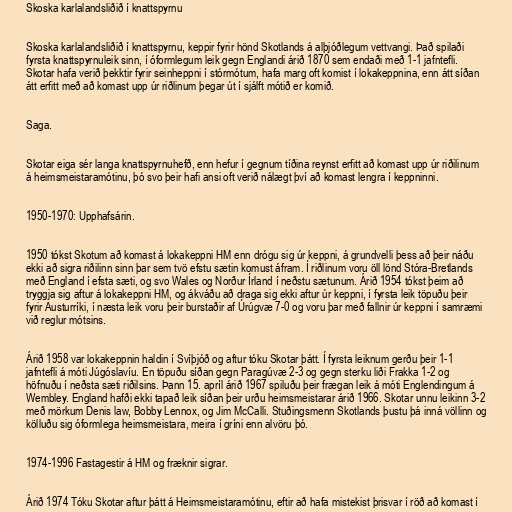
Skoska karlalandsliðið í knattspyrnu

Skoska karlalandsliðið í knattspyrnu, keppir fyrir hönd Skotlands á alþjóðlegum vettvangi. Það spilaði
fyrsta knattspyrnuleik sinn, í óformlegum leik gegn Englandi árið 1870 sem endaði með 1-1 jafntefli.
Skotar hafa verið þekktir fyrir seinheppni í stórmótum, hafa marg oft komist í lokakeppnina, enn átt síðan
átt erfitt með að komast upp úr riðlinum þegar út í sjálft mótið er komið.

Saga.

Skotar eiga sér langa knattspyrnuhefð, enn hefur í gegnum tíðina reynst erfitt að komast upp úr riðilinum
á heimsmeistaramótinu, þó svo þeir hafi ansi oft verið nálægt því að komast lengra í keppninni.

1950-1970: Upphafsárin.

1950 tókst Skotum að komast á lokakeppni HM enn drógu sig úr keppni, á grundvelli þess að þeir náðu
ekki að sigra riðilinn sinn þar sem tvö efstu sætin komust áfram. Í riðlinum voru öll lönd Stóra-Bretlands
með England í efsta sæti, og svo Wales og Norður Írland í neðstu sætunum. Árið 1954 tókst þeim að
tryggja sig aftur á lokakeppni HM, og ákváðu að draga sig ekki aftur úr keppni, í fyrsta leik töpuðu þeir
fyrir Austurríki, í næsta leik voru þeir burstaðir af Úrúgvæ 7-0 og voru þar með fallnir úr keppni í samræmi
við reglur mótsins.

Árið 1958 var lokakeppnin haldin í Svíþjóð og aftur tóku Skotar þátt. Í fyrsta leiknum gerðu þeir 1-1
jafntefli á móti Júgóslavíu. En töpuðu síðan gegn Paragúvæ 2-3 og gegn sterku liði Frakka 1-2 og
höfnuðu í neðsta sæti riðilsins. Þann 15. apríl árið 1967 spiluðu þeir frægan leik á móti Englendingum á
Wembley. England hafði ekki tapað leik síðan þeir urðu heimsmeistarar árið 1966. Skotar unnu leikinn 3-2
með mörkum Denis law, Bobby Lennox, og Jim McCalli. Stuðingsmenn Skotlands þustu þá inná völlinn og
kölluðu sig óformlega heimsmeistara, meira í gríni enn alvöru þó.

1974-1996 Fastagestir á HM og fræknir sigrar.

Árið 1974 Tóku Skotar aftur þátt á Heimsmeistaramótinu, eftir að hafa mistekist þrisvar í röð að komast í